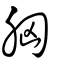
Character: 胸